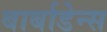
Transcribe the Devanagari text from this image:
बार्बाडेन्स